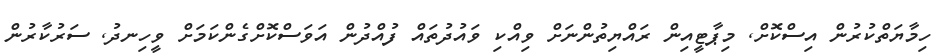
ހިމާޔަތްކުރުން އިސްކޮށް